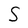
Character: S